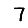
Digit: 7